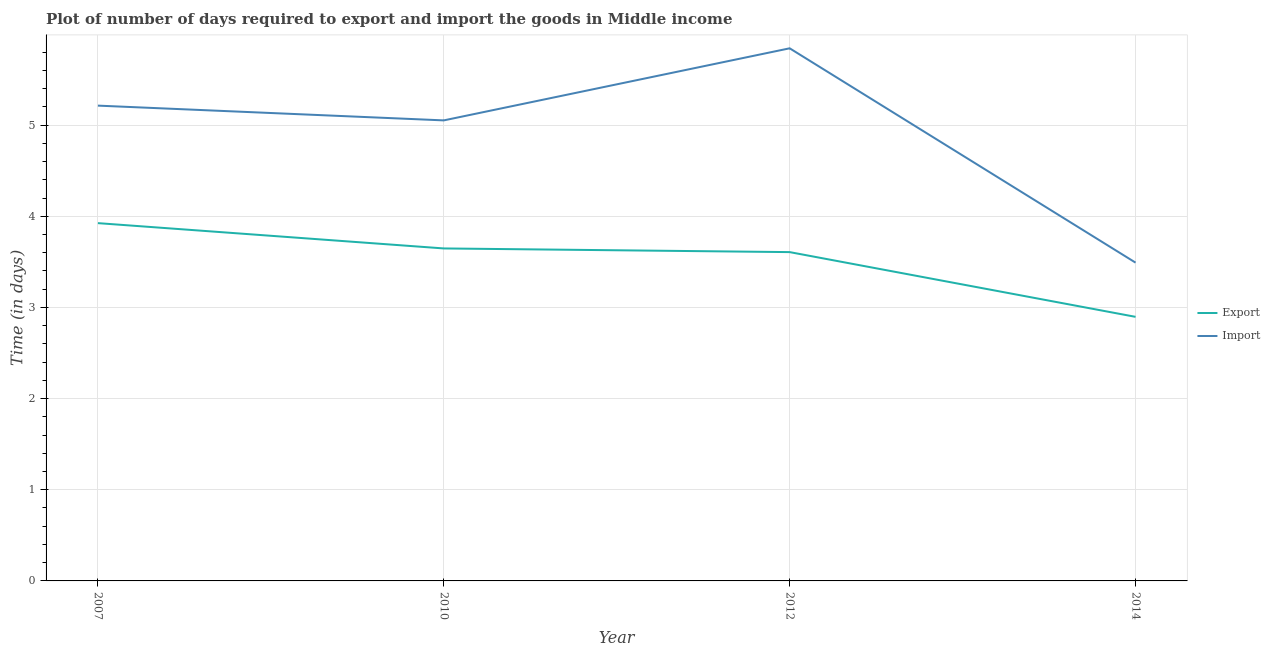
| Year | Export | Import |
 | --- | --- | --- |
 | 2007 | 3.92 | 5.21 |
 | 2010 | 3.65 | 5.05 |
 | 2012 | 3.61 | 5.84 |
 | 2014 | 2.9 | 3.49 |